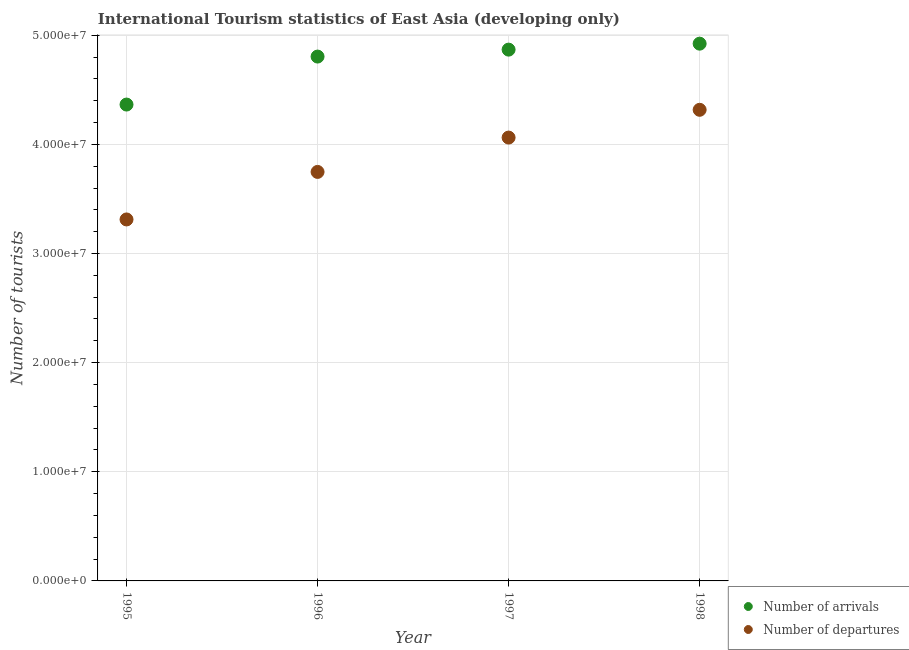
| Year | Number of arrivals | Number of departures |
 | --- | --- | --- |
 | 1995 | 4.36e+07 | 3.31e+07 |
 | 1996 | 4.8e+07 | 3.75e+07 |
 | 1997 | 4.87e+07 | 4.06e+07 |
 | 1998 | 4.92e+07 | 4.32e+07 |